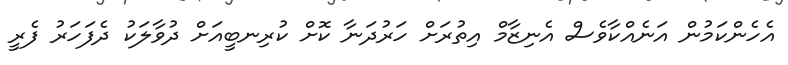
އެހެންކަމުން އަނެއްކާވެސް އެނިޒާމް އިތުރަށް ހަރުދަނާ ކޮށް ކުރިނބީއަށް ދުވާލަކު ދެފަހަރު ފެރީ